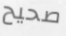
صحيح